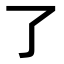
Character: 了